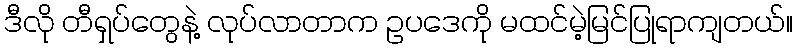
ဒီလို တီရှပ်တွေနဲ့ လုပ်လာတာက ဥပဒေကို မထင်မဲ့မြင်ပြုရာကျတယ်။